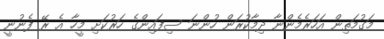
މަގުމަތިން އަހަރެމެންނާ ދިމާކުރަން ހުންނަ ސިފައިންގެ ހަރުކަށި މީހާ އެ ރޭ ފެނުނީ